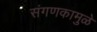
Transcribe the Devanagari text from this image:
संगणकामुळे